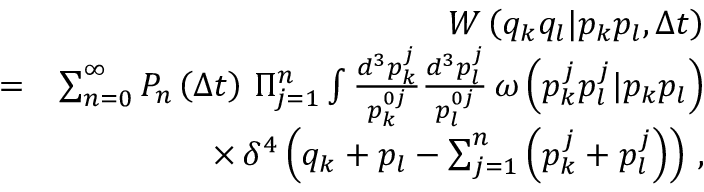
\begin{array} { r l r } & { } & { W \left( q _ { k } q _ { l } | p _ { k } p _ { l } , \Delta t \right) } \\ & { = } & { \sum _ { n = 0 } ^ { \infty } P _ { n } \left( \Delta t \right) \, \Pi _ { j = 1 } ^ { n } \int \frac { d ^ { 3 } p _ { k } ^ { j } } { p _ { k } ^ { 0 j } } \frac { d ^ { 3 } p _ { l } ^ { j } } { p _ { l } ^ { 0 j } } \, \omega \left( p _ { k } ^ { j } p _ { l } ^ { j } | p _ { k } p _ { l } \right) } \\ & { } & { \times \, \delta ^ { 4 } \left( q _ { k } + p _ { l } - \sum _ { j = 1 } ^ { n } \left( p _ { k } ^ { j } + p _ { l } ^ { j } \right) \right) \, , } \end{array}